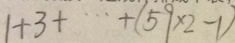
1 + 3 + \cdots + ( 5 9 \times 2 - 1 )